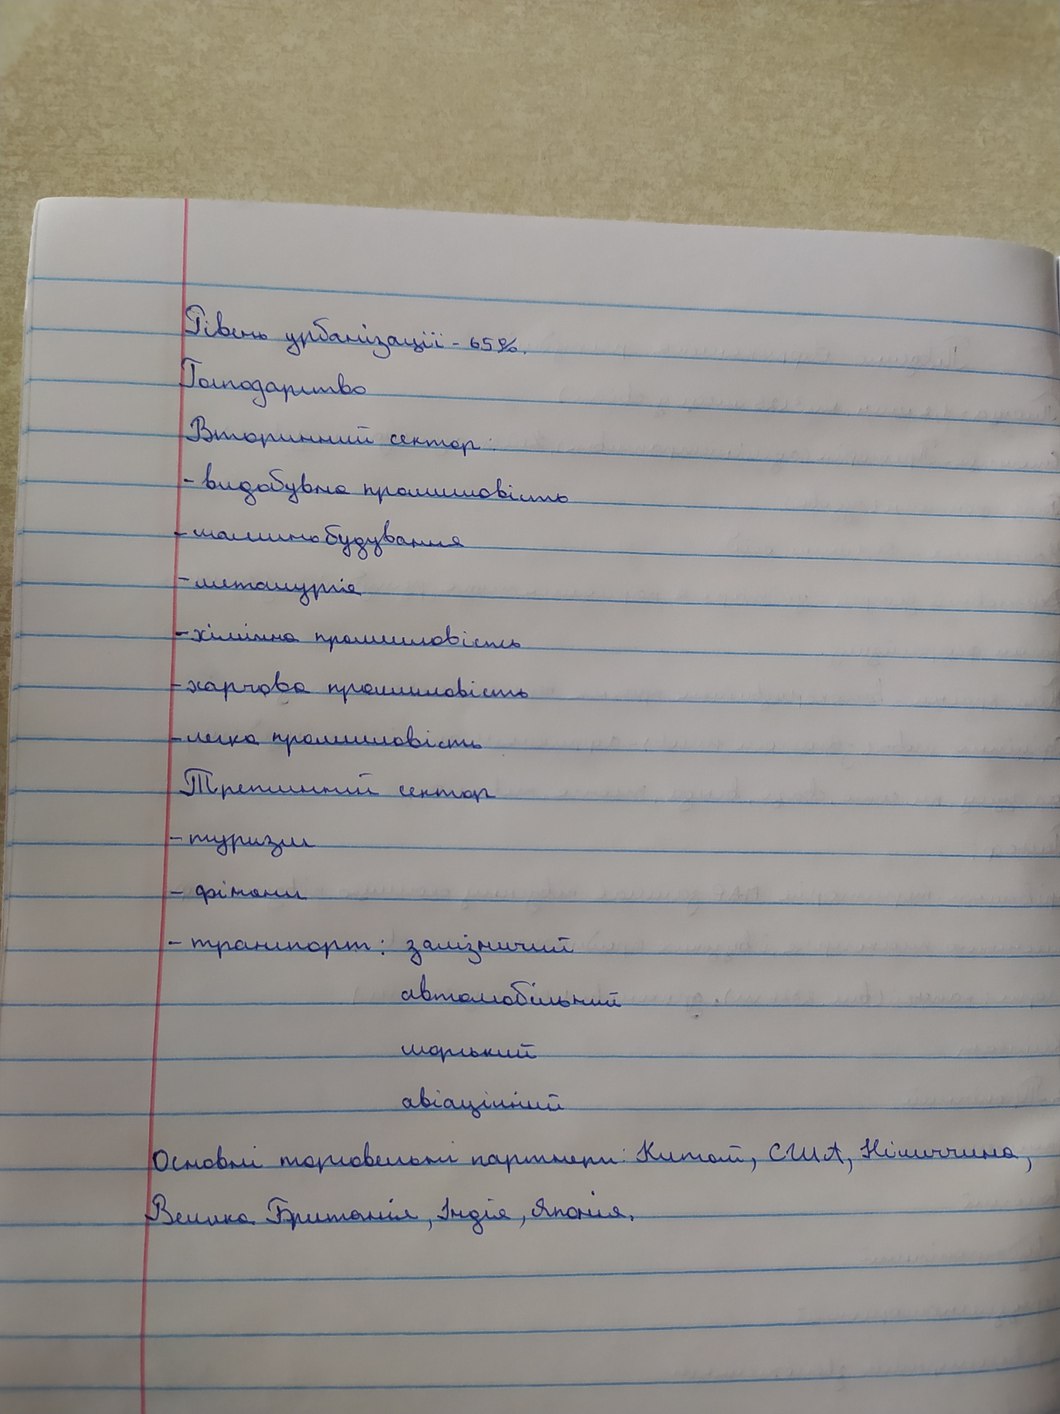
Рівень урбанізації - 65%
Господарство
Вторинний сектор:
видобувна промисловість
машинобудування
металургія
хімічна промисловість
харчова промисловість
легка промисловість
Третинний сектор
туризм
фінанси
транспорт: залізничний
автомобільний
морський
авіаційний
Основні торговельні партнери: Китай, США, Німеччина, Велика Британія, Індія, Японія.
Велика Британія, Лондон.